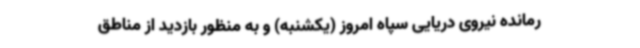
رمانده نیروی دریایی سپاه امروز (یکشنبه) و به منظور بازدید از مناطق